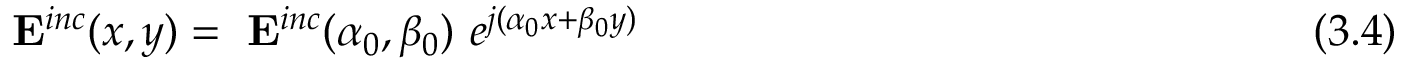
~ \mathbf { E } ^ { i n c } ( x , y ) = ~ \mathbf { E } ^ { i n c } ( \alpha _ { 0 } , \beta _ { 0 } ) ~ e ^ { j ( \alpha _ { 0 } x + \beta _ { 0 } y ) } ~ ~ ~ ~ ~ ~ ~ ~ ~ ~ ~ ~ ~ ~ ~ ~ ~ ~ ~ ~ ~ ~ ~ ~ ~ ~ ~ ~ ~ ~ ~ ~ ~ ~ ~ ~ ~ ~ ~ ~ ~ ~ ~ ~ ~ ~ ( 3 . 4 )